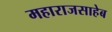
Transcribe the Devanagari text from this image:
महाराजसाहेब